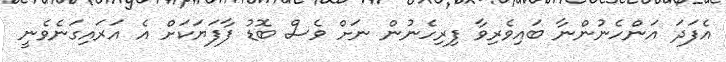
އެފަދަ އަންހެނުންނާ ބައިވެރިވާ ފިރިހެނުން ނަށް ވެސް ބޮޑު ފާފަޔަކަށް އެ އަރައިގަނެވެނީ